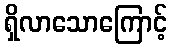
ရှိလာသောကြောင့်